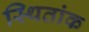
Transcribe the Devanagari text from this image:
स्थितांक